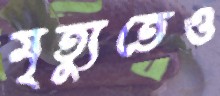
মৃত্যুতেও